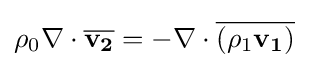
{\mathit {\rho }}_{0}\nabla \cdot {\overline {{\textbf {v}}_{\textbf {2}}}}=-\nabla \cdot {\overline {({\mathit {\rho }}_{1}{\textbf {v}}_{\textbf {1}})}}